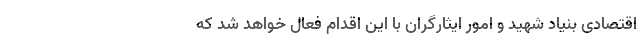
اقتصادی بنیاد شهید و امور ایثارگران با این اقدام فعال خواهد شد که